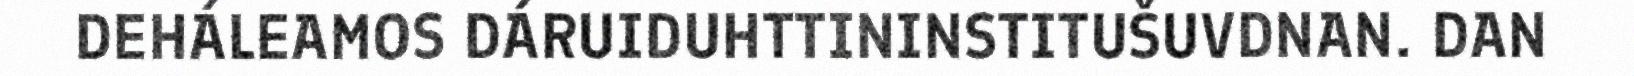
DEHÁLEAMOS DÁRUIDUHTTININSTITUŠUVDNAN. DAN